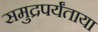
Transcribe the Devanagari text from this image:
समुद्रपर्यंताया